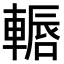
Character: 𨎂